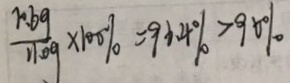
\frac { 1 0 . 6 g } { 1 1 . 0 g } \times 1 0 0 \% = 9 6 . 4 \% > 9 0 \%